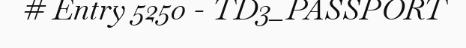
# Entry 5250 - TD3_PASSPORT